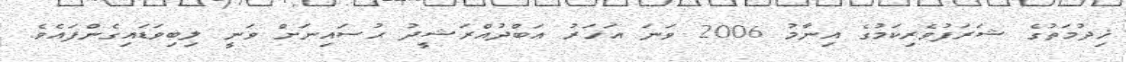
ޚިދުމަތުގެ ޝަރަފުވެރިކަމުގެ އިނާމު 2006 ވަނަ އަހަރު ޢަބްދުއްރަޝީދު ޙުސައިނަށް ވަނީ ލިބިވަޑައިގެންފައެވެ.